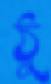
ঠু